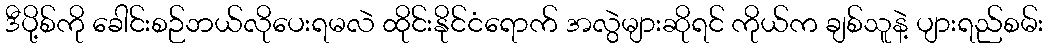
ဒီပို့စ်ကို ခေါင်းစဉ်ဘယ်လိုပေးရမလဲ ထိုင်းနိုင်ငံရောက် အလွဲများဆိုရင် ကိုယ်က ချစ်သူနဲ့ ပျားရည်စမ်း